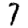
Digit: 7